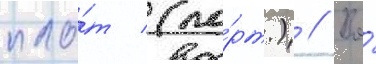
пло́т (по́рт.) // Во́